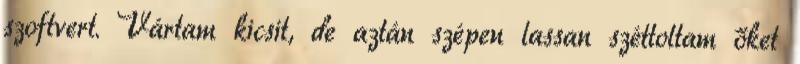
szoftvert. Vártam kicsit, de aztán szépen lassan széttoltam őket